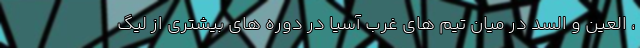
، العین و السد در میان تیم های غرب آسیا در دوره های بیشتری از لیگ